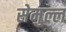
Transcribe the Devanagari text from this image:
सेमुल्ल